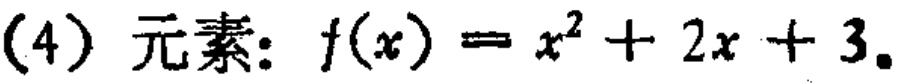
(4) 元素：\(f(x)=x^{2}+2x + 3\)。